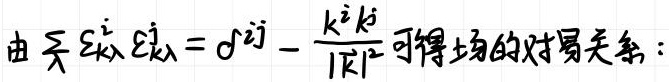
由于 $\varepsilon_{k\lambda}^{i}\varepsilon_{k\lambda}^{j}=\delta^{ij}-\frac{k^{i}k^{j}}{\vert k\vert^{2}}$ 可得场的对易关系：